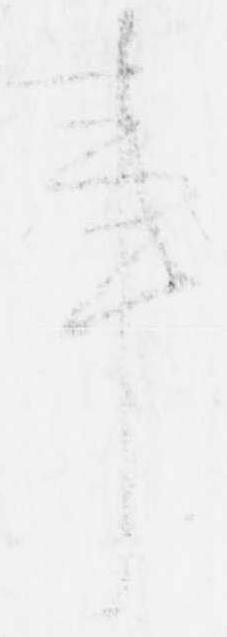
事